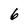
Character: 6